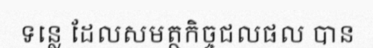
ទន្លេ ដែលសមត្ថកិច្ចជលផល បាន